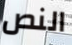
النص